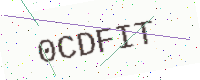
Text: 0CDFIT